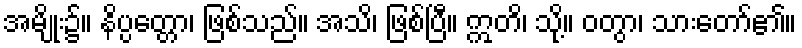
အမျိုး၌။ နိပ္ပတ္တော၊ ဖြစ်သည်။ အသိ၊ ဖြစ်ပြီ။ ဣတိ၊ သို့။ ဝတွာ၊ သားတော်၏။